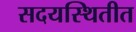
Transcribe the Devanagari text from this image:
सदयस्थितीत